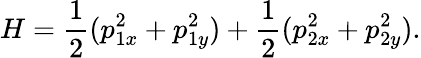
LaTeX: H=\frac{1}{2}(p_{1x}^{2}+p_{1y}^{2})+\frac{1}{2}(p_{2x}^{2}+p_{2y}^{2}).